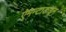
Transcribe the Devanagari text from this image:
ऐमन्टाडाइन